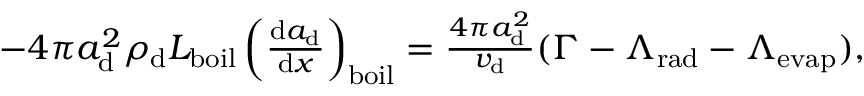
\begin{array} { r } { - 4 \pi a _ { \mathrm { d } } ^ { 2 } \rho _ { \mathrm { d } } L _ { \mathrm { b o i l } } \left( \frac { \mathrm { d } a _ { \mathrm { d } } } { \mathrm { d } x } \right) _ { \mathrm { b o i l } } = \frac { 4 \pi a _ { \mathrm { d } } ^ { 2 } } { v _ { \mathrm { d } } } ( \Gamma - \Lambda _ { \mathrm { r a d } } - \Lambda _ { \mathrm { e v a p } } ) , } \end{array}